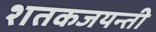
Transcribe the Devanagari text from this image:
शतकजयन्ती